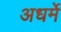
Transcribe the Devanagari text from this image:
अधर्मे